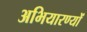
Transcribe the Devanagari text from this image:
अभियारण्यों